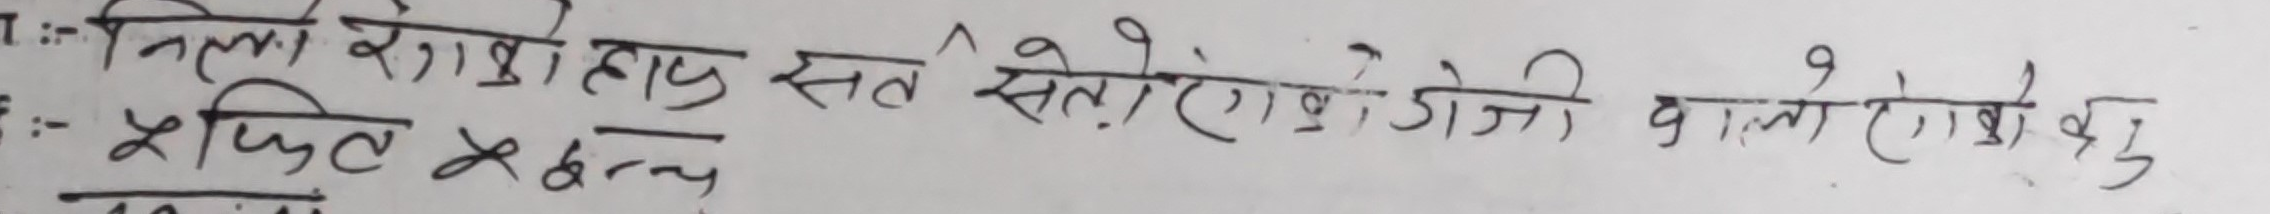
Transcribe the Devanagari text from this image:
निला रंगोका सत्त सेतुएं, गेंजी वालो। गोखु
केचिल केच